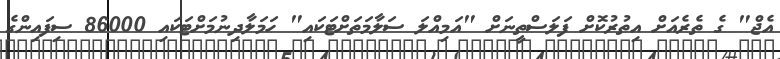
އެޖް" ގެ ތެރެއަށް އިތުރުކޮށް ފަލަސްތީނަށް "އަމިއްލަ ސަލާމަތަށްޓަކައި" ހަމަލާދިނުމަށްޓަކައި 86000 ސިފައިންގެ